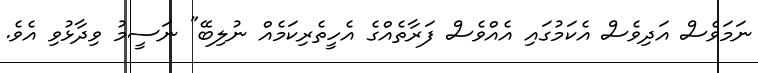
ނަމަވެސް އަދިވެސް އެކަމުގައި އެއްވެސް ފަރާތެއްގެ އެހީތެރިކަމެއް ނުލިބޭ" ނަސީމު ވިދާޅުވި އެވެ.